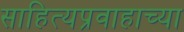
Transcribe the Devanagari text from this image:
साहित्यप्रवाहाच्या